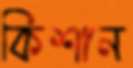
কিশান